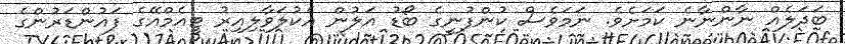
ބަދަލެއް ނާންނާނެ ކަމަށެވެ. ނަމަވެސް ކުންފުނީގެ ބޯޑު އަލުން އެކުލަވާލިއިރު ޓީއެމްއޭގެ ފައުންޑަރުންގެ